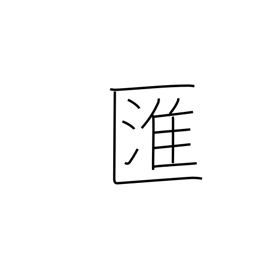
Meaning: swirl